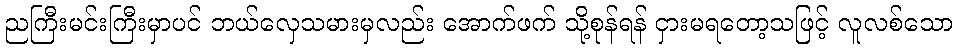
ညကြီးမင်းကြီးမှာပင် ဘယ်လှေသမားမှလည်း အောက်ဖက် သို့စုန်ရန် ငှားမရတော့သဖြင့် လူလစ်သော